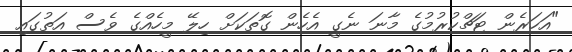
"އަހަރެން ޓަޗްކުރުމުގެ މާނަ ނެގީ އެހެން ގޮތަކަށް ހިލޭ މީހެއްގެ ވެސް އަތުގައި